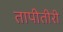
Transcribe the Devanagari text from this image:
तापीतीरी